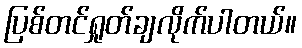
ပြစ်တင်ရှုတ်ချလိုက်ပါတယ်။